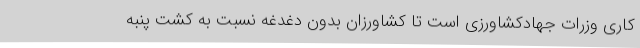
کاری وزرات جهادکشاورزی است تا کشاورزان بدون دغدغه نسبت به کشت پنبه